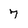
Character: 7